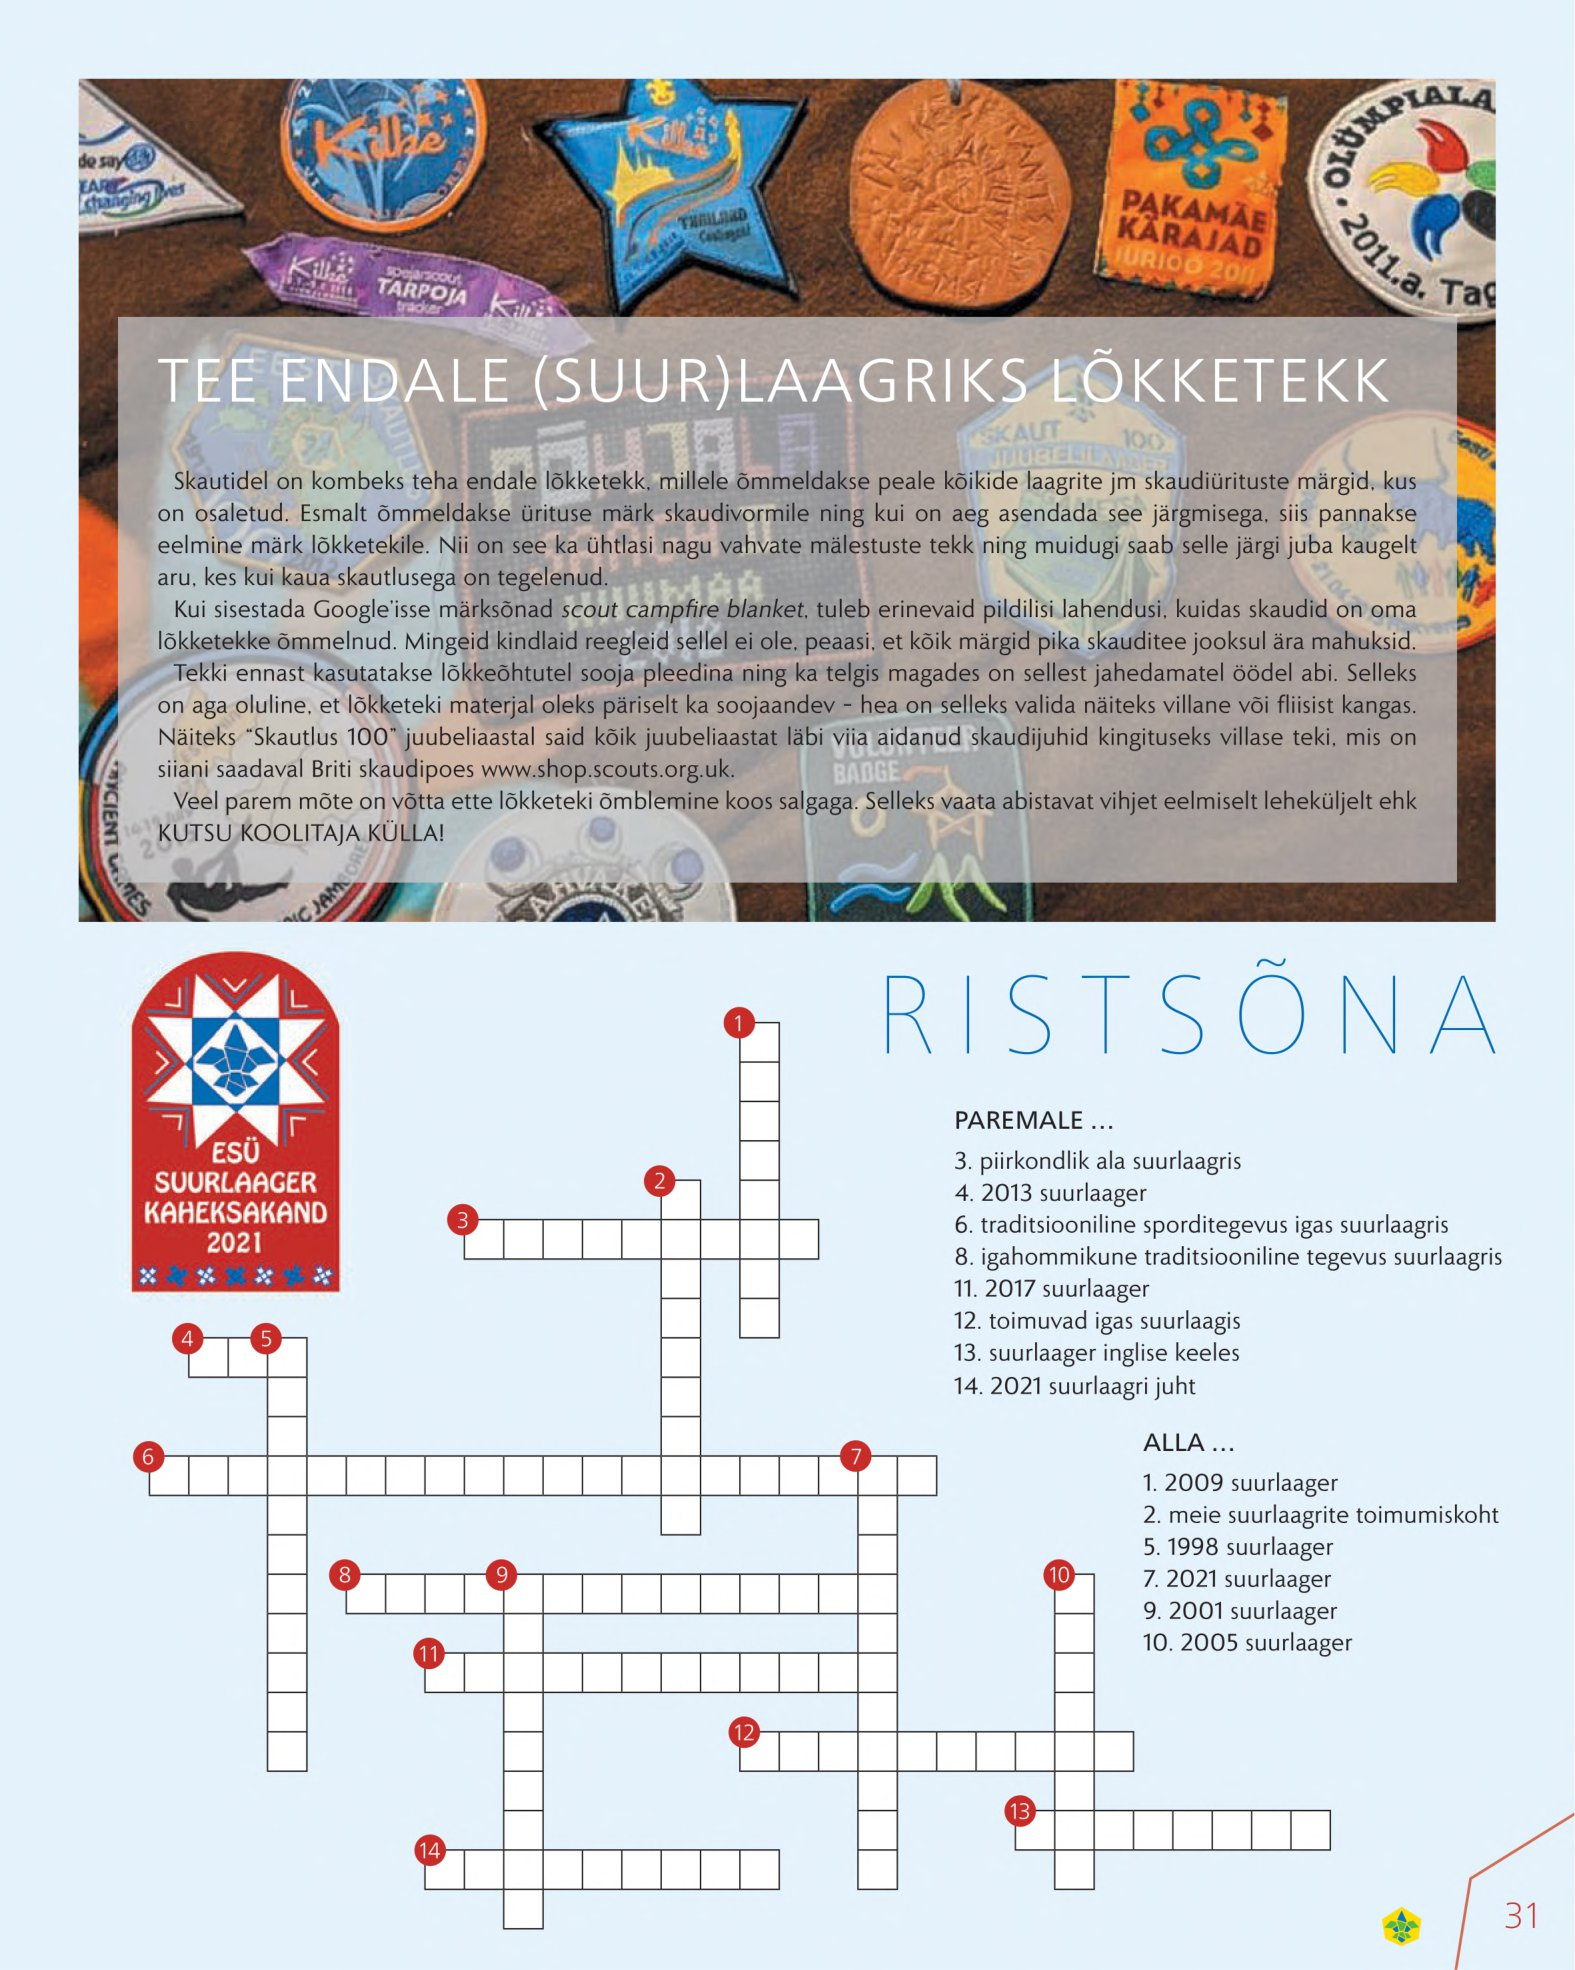
Language: et